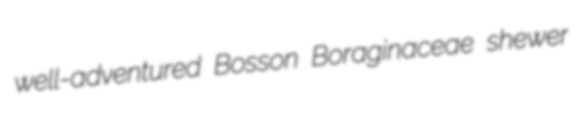
well-adventured Bosson Boraginaceae shewer